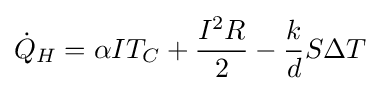
{\dot {Q}}_{H}=\alpha IT_{C}+{\frac {I^{2}R}{2}}-{\frac {k}{d}}S\Delta T